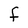
Character: F